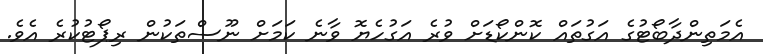
އެމަތިންދާބޯޓުގެ އަގުތައް ކޮންކޯޑަށް ވުރެ އަގުހެޔޮ ވާނެ ކަމަށް ނޫސްތަކުން ރިޕޯޓުކުރެ އެވެ.